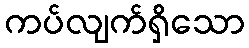
ကပ်လျက်ရှိသော